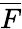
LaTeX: \overline{F}